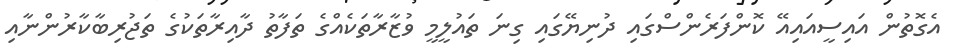
އެގޮތުން އައިސީއައިއޭ ކޮންފަރެންސްގައި ދުނިޔޭގައި ގިނަ ތައުލީމީ ވުޒާރާތަކެއްގެ ތަފާތު ދާއިރާތަކުގެ ތަޖުރިބާކާރުންނާއި